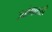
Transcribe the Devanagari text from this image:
उद्योगालाही